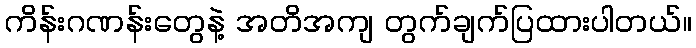
ကိန်းဂဏန်းတွေနဲ့ အတိအကျ တွက်ချက်ပြထားပါတယ်။